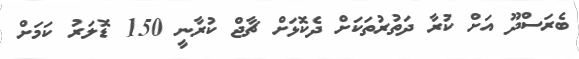
ބެރަސްދޫ އަށް ކުރާ ދަތުރުތަކަށް ދެކޮޅަށް ޗާޖް ކުރާނީ 150 ޑޮލަރު ކަމަށް